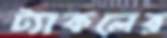
ট্যাকলের